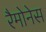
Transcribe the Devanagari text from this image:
रैमोनेस